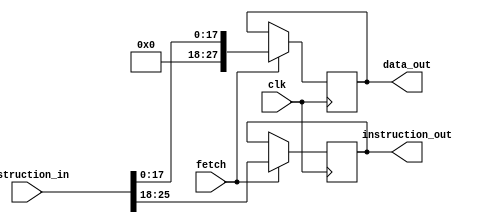
`timescale 1ns / 1ps
//////////////////////////////////////////////////////////////////////////////////
// Company: 
// Engineer: 
// 
// Design Name: 
// Module Name: MBRU
// Project Name: 
// Target Devices: 
// Tool Versions: 
// Description: 
// 
// Dependencies: 
// 
// Revision:
// Revision 0.01 - File Created
// Additional Comments:
// 
//////////////////////////////////////////////////////////////////////////////////


module MBRU(
    input clk,
    //input clk_devider,
    input fetch,
    input [25:0] instruction_in,
    output reg [7:0] instruction_out,
    output reg [27:0] data_out
    );
    
        
     initial
       begin
            instruction_out = 8'b00000100;
       end
    
    
    always @(posedge clk)
       
        begin
            if (fetch == 1)
            begin
            instruction_out<=instruction_in[25:18];
                                          
             data_out<={10'b0000000000,instruction_in[17:0]};
             
            end
         end
  
  
        
//         always @(posedge clk_devider)
            
//             begin
//                 if (fetch == 1)
//                 begin
                 
//                 end
//              end
endmodule